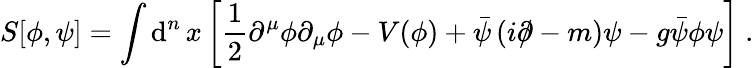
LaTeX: S[\phi,\psi]=\int\operatorname{d}^{n}x\left[{\frac{1}{2}}\partial^{\mu}\phi\partial_{\mu}\phi-V(\phi)+{\bar{\psi}}\left(i\partial\! \! \! /-m\right)\psi-g{\bar{\psi}}\phi\psi\right]~.